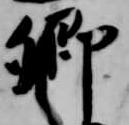
卿